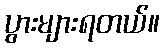
ပွားများရတယ်။